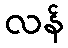
လန်